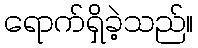
ရောက်ရှိခဲ့သည်။